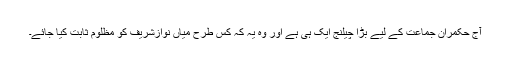
آج حکمران جماعت کے لیے بڑا چیلنج ایک ہی ہے اور وہ یہ کہ کس طرح میاں نوازشریف کو مظلوم ثابت کیا جائے۔